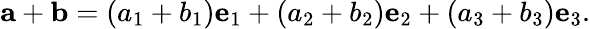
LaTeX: \mathbf{a}+\mathbf{b}=(a_{1}+b_{1})\mathbf{e}_{1}+(a_{2}+b_{2})\mathbf{e}_{2}+(a_{3}+b_{3})\mathbf{e}_{3}.